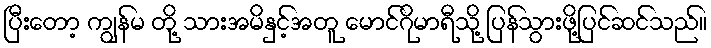
ပြီးတော့ ကျွန်မ တို့ သားအမိနှင့်အတူ မောင်ဂိုမာရီသို့ ပြန်သွားဖို့ပြင်ဆင်သည်။